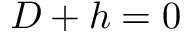
D + h = 0